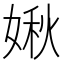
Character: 𡟊